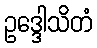
ဥဒ္ဒေါသိတံ